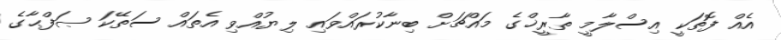
އެއް ފޮތަކީ އިސްލާމީ ތާރީޚްގެ މައްޗަށް ބިނާކުރައްވައި ލިޔުއްވި އެތައް ސަތޭކަ ޞަފްޙާގެ